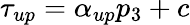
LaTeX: \tau_{up}=\alpha_{up}p_{3}+c